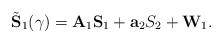
LaTeX: \begin{align*}\tilde{\mathbf{S}}_1(\gamma)= \mathbf{A}_1\mathbf{S}_1+\mathbf{a}_2S_2+\mathbf{W}_1.\end{align*}